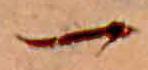
一